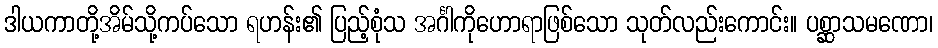
ဒါယကာတို့အိမ်သို့ကပ်သော ရဟန်း၏ ပြည့်စုံသ အင်္ဂါကိုဟောရာဖြစ်သော သုတ်လည်းကောင်း။ ပစ္ဆာသမဏော၊